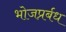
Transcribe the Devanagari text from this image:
भोजप्रर्बध